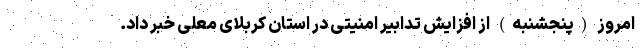
امروز (پنجشنبه) از افزایش تدابیر امنیتی در استان کربلای معلی خبر داد.